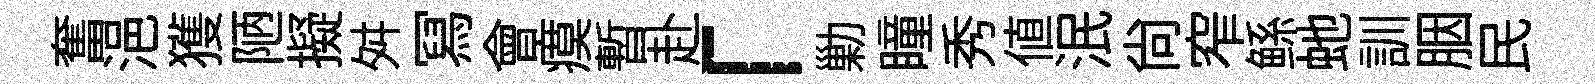
奮浥獲陋擬舛冩會瘼暫赴「勦瞳秀値泯尙窄鲧虵訓胭民